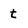
Character: t